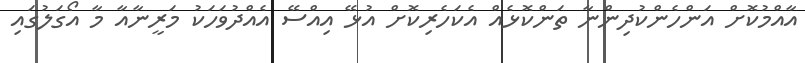
އާއްމުކޮށް އަންހެންކުދިންނާ ތަންކޮޅެއް އެކަހެރިކޮށް އުޅޭ އިއްސޭ އެއްދުވަހަކު މަރީނާއާ މާ އޯގަލުގައި